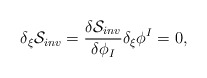
\begin{align*}\delta_{\xi}{\cal S }_{inv}={ {\delta {\cal S}_{inv}} \over{\delta \phi_I}}\delta_{\xi}\phi^I=0,\end{align*}